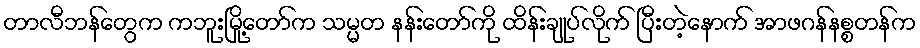
တာလီဘန်တွေက ကဘူးမြို့တော်က သမ္မတ နန်းတော်ကို ထိန်းချုပ်လိုက် ပြီးတဲ့နောက် အာဖဂန်နစ္စတန်က